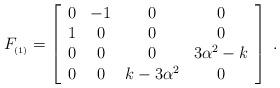
LaTeX: \begin{align*}F_{_{(1)}}=\left[\begin{array}{cccc}0 & -1 & 0 & 0 \\1 & 0 & 0 & 0 \\0 & 0 & 0 & 3\alpha ^2-k \\0 & 0 & k-3\alpha ^2 & 0\end{array}\right] \;. \end{align*}